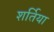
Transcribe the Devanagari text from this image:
शर्तिया